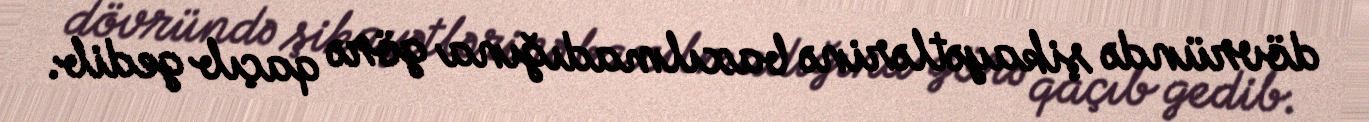
dövründə şikayətlərinə baxılmadığına görə qaçıb gedib.